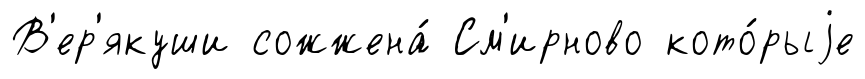
В'ер'якуши сожжена́ См'ирново кото́рыjе